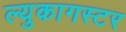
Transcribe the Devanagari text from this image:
ल्युकागस्टर